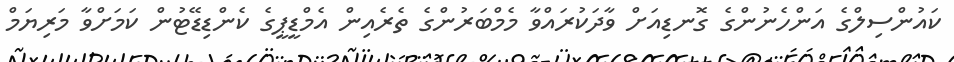
ކައުންސިލްގެ އަންހެނުންގެ ގޮނޑިއަށް ވާދަކުރައްވާ މެމްބަރުންގެ ތެރެއިން އެމްޑީޕީގެ ކެންޑިޑޭޓުން ކަމަށްވާ މަރިޔަމް